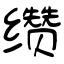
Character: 缵